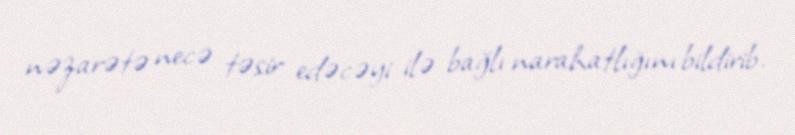
nəzarətə necə təsir edəcəyi ilə bağlı narahatlığını bildirib.